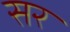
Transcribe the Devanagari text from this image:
सर